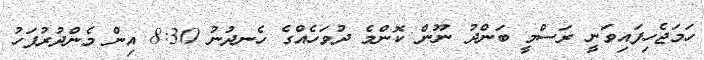
ހަމަޖެހިފައިވަނީ ރަސްމީ ބަންދު ނޫން ކޮންމެ ދުވަހެއްގެ ހެނދުނު 8:30 އިން މެންދުރުފަހު